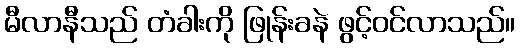
မီလာနီသည် တံခါးကို ဖြုန်းခနဲ ဖွင့်ဝင်လာသည်။